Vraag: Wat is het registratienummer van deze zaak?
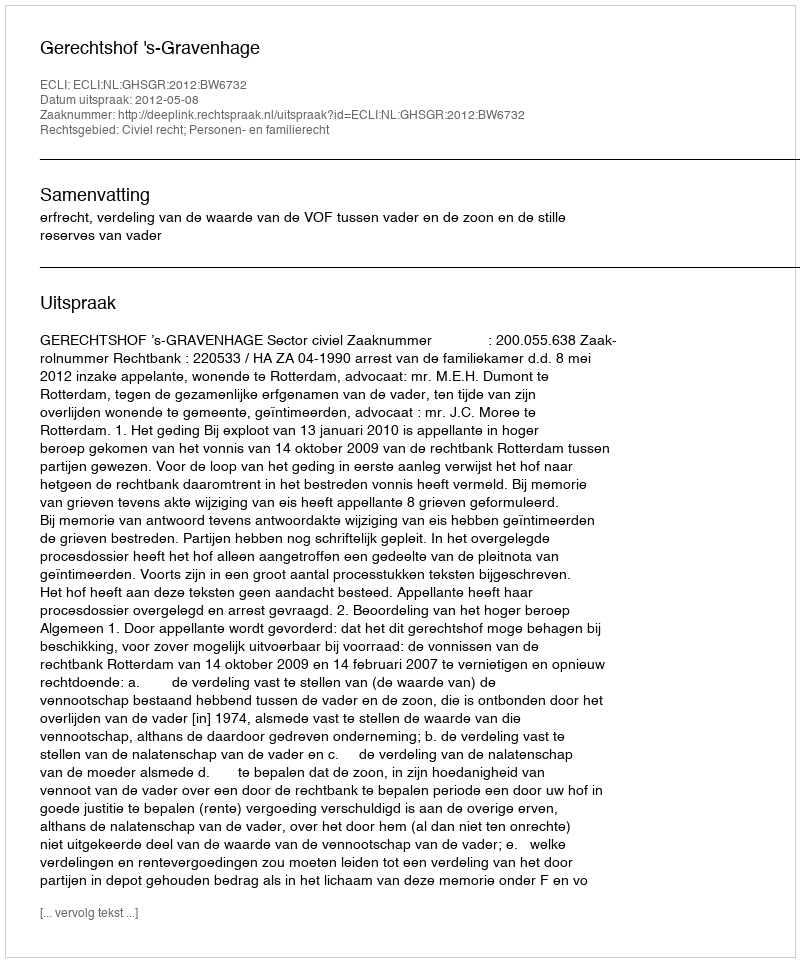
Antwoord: http://deeplink.rechtspraak.nl/uitspraak?id=ECLI:NL:GHSGR:2012:BW6732